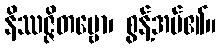
နိဿဇ္ဇိတဗ္ဗော၊ စွန့်အပ်၏။